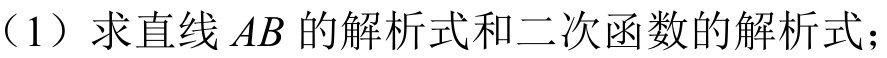
（1）求直线 \(AB\) 的解析式和二次函数的解析式；